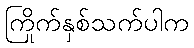
ကြိုက်နှစ်သက်ပါက